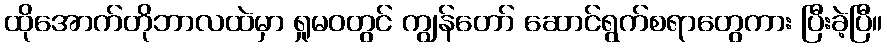
ထိုအောက်တိုဘာလထဲမှာ ရှုမဝတွင် ကျွန်တော် ဆောင်ရွက်စရာတွေကား ပြီးခဲ့ပြီ။